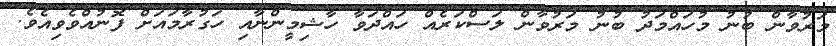
މަރުވާން ބުނު މުހައްމަދު ބުނު މަރުވާން ލަސްކަރެއް ހައްދަވާ ހާޝިމީންނާއި ހަގުރާމައަށް ފޮނުއްވެވިއެވެ.